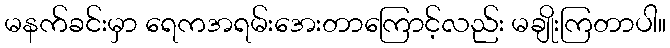
မနက်ခင်းမှာ ရေကအရမ်းအေးတာကြောင့်လည်း မချိုးကြတာပါ။